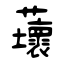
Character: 蘾